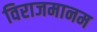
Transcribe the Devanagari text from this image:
विराजमानम